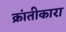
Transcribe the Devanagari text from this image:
क्रांतीकारा